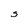
Character: S